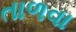
તાળવા